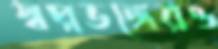
স্বপ্নভঙ্গেরও